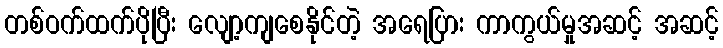
တစ်ဝက်ထက်ပိုပြီး လျော့ကျစေနိုင်တဲ့ အရေပြား ကာကွယ်မှုအဆင့် အဆင့်